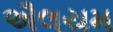
ઐલયમ